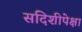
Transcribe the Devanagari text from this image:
सदिशीपेक्षा